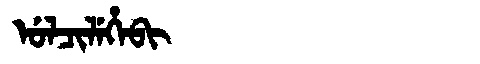
Manchu: ᡠᠯᠴᡳᠯᡝᡥᡝᠪᡳ
Romanization: ULCILEHEBI